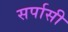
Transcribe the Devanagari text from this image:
सर्पासी